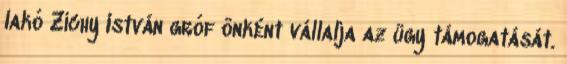
lakó Zichy István gróf önként vállalja az ügy támogatását.